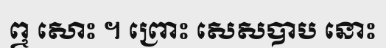
ឮ សោះ ។ ព្រោះ សេសបាប នោះ